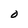
Character: O